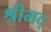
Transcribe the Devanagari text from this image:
श्रीमद्‌